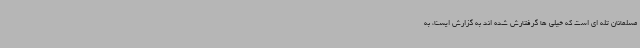
مسلمانان تله ای است که خیلی ها گرفتارش شده اند به گزارش ایسنا، به